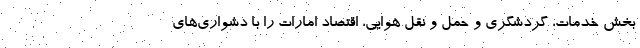
بخش خدمات، گردشگری و حمل و نقل هوایی، اقتصاد امارات را با دشواری‌های